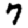
Digit: 7